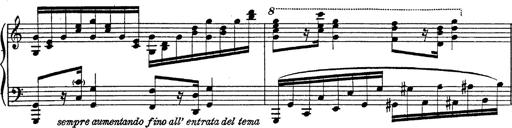
Title: Fantasie Ã¼ber Themen aus Mozarts Figaro und Don Giovanni
Composer: Franz Liszt